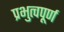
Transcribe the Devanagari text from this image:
प्रभुत्वपूर्ण